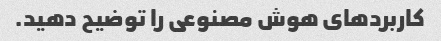
کاربردهای هوش مصنوعی را توضیح دهید.